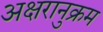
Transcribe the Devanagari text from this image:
अक्षरानुक्रम